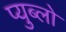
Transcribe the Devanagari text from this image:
प्युब्लो